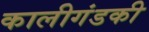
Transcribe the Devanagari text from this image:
कालीगंडकी